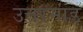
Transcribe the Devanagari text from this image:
उत्तरमांड